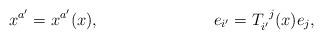
LaTeX: \begin{align*}& x^{a'} = x^{a'}(x), && e_{i'} = T_{i'}^{\:\:j}(x)e_j,\end{align*}